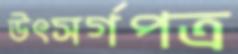
উৎসর্গপত্র